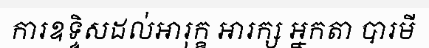
ការឧទ្ទិសដល់អារុក្ខ អារក្ស អ្នកតា បារមី